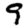
Digit: 9